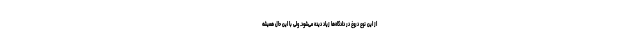
از این نوع دروغ در دادگاه‌ها زیاد دیده می‌شود. ولی با این حال همیشه